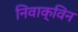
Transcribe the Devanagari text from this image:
निवाक्विन